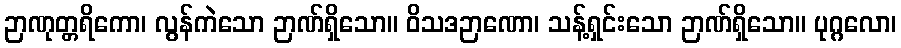
ဉာဏုတ္တရိကော၊ လွန်ကဲသော ဉာဏ်ရှိသော။ ဝိသဒဉာဏော၊ သန့်ရှင်းသော ဉာဏ်ရှိသော။ ပုဂ္ဂလော၊